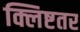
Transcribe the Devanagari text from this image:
क्लिष्टतर